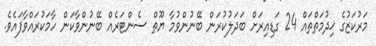
މަރުކަޒުގެ ޚިދުމަތްތައް 24 ގަޑިއިރަށް ބަދަލުކުރަން ބޭނުންވުމާ ޔޫތް ސެންޓަރެއް ބޭނުންވާކަން ހާމަކުރައްވާފައެވެ.